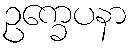
ဥက္ခေပနာ